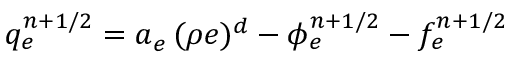
q _ { e } ^ { n + 1 / 2 } = a _ { e } \, ( \rho e ) ^ { d } - { \phi } _ { e } ^ { n + 1 / 2 } - f _ { e } ^ { n + 1 / 2 }